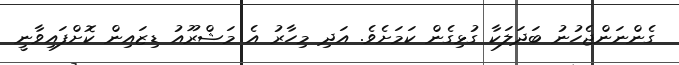
ގެންނަންޖެހުނު ބަދަލަކާ ގުޅިގެން ކަމަށެވެ. އަދި މިހާރު އެ މަޝްރޫއު ޑިޒައިން ކޮށްފައިވާނީ